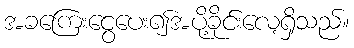
အခကြေးငွေပေး၍အပို့ခိုင်းလေ့ရှိသည်။